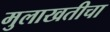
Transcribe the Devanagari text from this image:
मुलाखतीचा